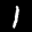
Label: 1